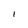
Character: l